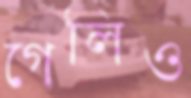
গেলিও